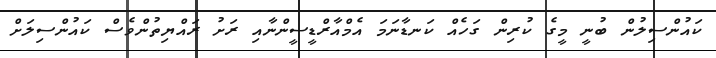
ކައުންސިލުން ބުނީ މީގެ ކުރިން ގަހެއް ކަނޑާނަމަ އެމްއާރްޑީސީންނާއި ރަށު ރައްޔިތުންވެސް ކައުންސިލަށް